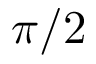
\pi / 2